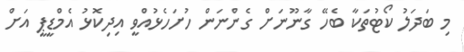
މި ބަދަލު ކޯޓުތަކާ ބެހޭ ގާނޫނަށް ގެންނަން ހުށަހެޅުއްވީ އިދިކޮޅު އެމްޑީޕީ އަށް